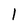
Character: 1